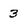
Character: 3